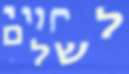
לשלם